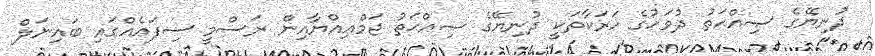
ދުނިޔޭގެ ޞިއްޙަތު ދުވަހުގެ ހަރަކާތަކީ ދުނިޔޭގެ ޞިއްޙަތު ޖަމްޢިއްޔާއިން ރަސްމީ ސިފައެއްގައި ބައިނަލް